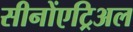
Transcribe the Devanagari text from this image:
सीनोंएट्रिअल